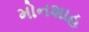
મોનશાહ